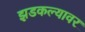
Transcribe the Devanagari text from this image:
झडकल्यावर